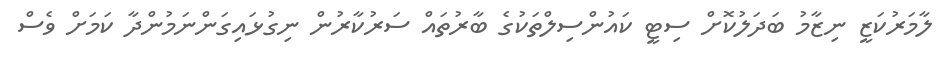
ލާމަރުކަޒީ ނިޒާމު ބަދަލުކޮށް ސިޓީ ކައުންސިލްތަކުގެ ބާރުތައް ސަރުކާރުން ނިގުޅައިގަންނަމުންދާ ކަމަށް ވެސް